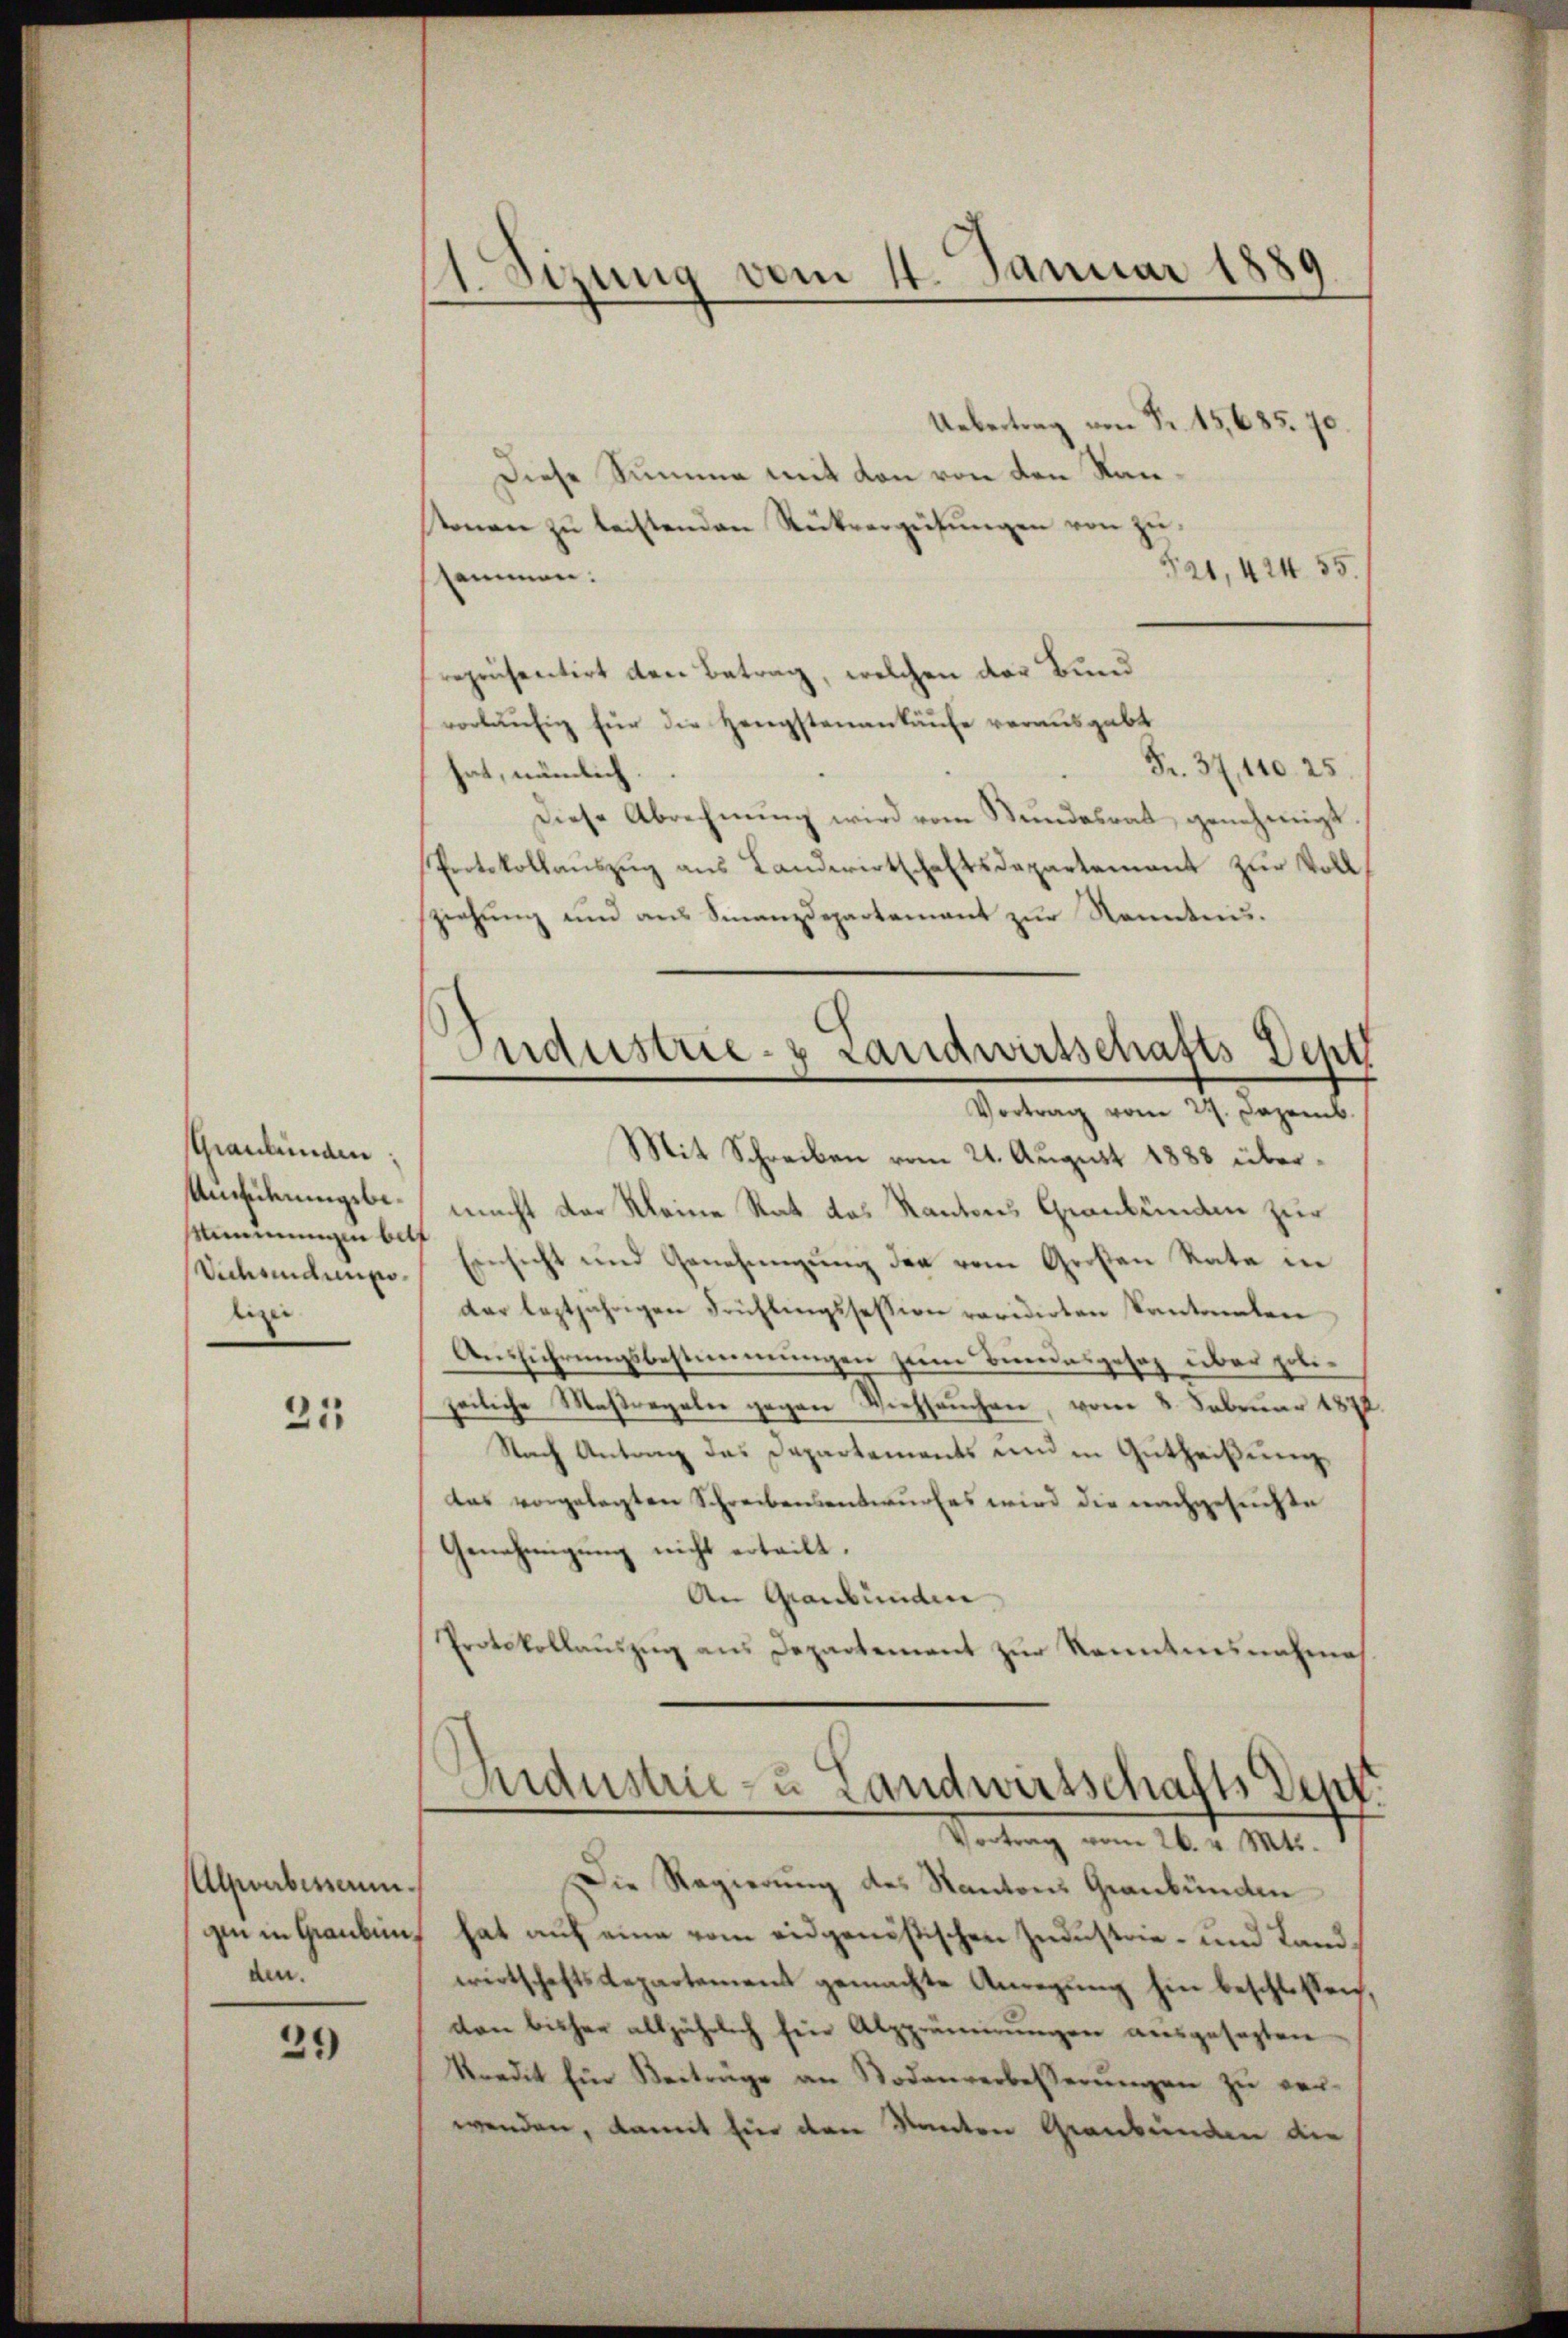
Graubünden,
Umführungsbe¬
Mimmungen bilf
Vichsendungo¬
.
digen

25

Alpverbesserun
den.

21)

Sizung vom 1. Januar 1889

Uebertrag von Fr. 15,685. 70
Diese Summe mit den von den Kanstonen zu leistenden Rückvergütungen von zu¬
521, 424. 55.
ssammen.
repräsentirt den Betrag, welchen das Bund
vorläŭfig für die Hengstenankäufe verausgabt
Fr. 37, 140. 25
hat, nämlich.
Diese Abrechnŭng wird vom Stŭndesrat genehmigt
Protokollauszug aus Landwirtschaftsdepartement zur Vollsziehung und aus Finanzdepartement zur Kenntnis.
Mit Schreiben vom 21. August 1888 übermacht der Kleine Rat das Kantons, Graubünden zur
Einsicht und Genehmigŭng der vom Großen Rate in
der leztjährigen Frühlingssession revidirten Cantonalen
Ausführungsbestimmungen zum Bundesgesez über polizeiliche Maßregeln gegen Viehseuchen, vom 8. Februar 1872
Nach Antrag das Departements und in Gutheiterenzdas vorgelegten Schreibensentwurfes wird die nachgesuchte
Genehmigung nicht ertritt.
An Graubünden
Protokollaŭszŭg ans Departement zur Kenntnisnahme
Andustrie- u Landwirtschafts Sept.
Vortrag vom 26. v. Mts.
Die Regierung des Kantons Graubünden
gin in Grauben hat auf eine vom eidgenößischen Zudustrie- und Landwirtschafts Repartement gemachte Anregung hin beschlossen,
ton bisher alljährlich für Alpprimierŭngen aŭsgesezten
Kredit Ein Beiträge an Sodenverbesserŭngen zŭ ver-
wenden, damit Eier den Kanton Graubünden der

Industrie-z Landwirtschafts Dep
Vortrag vom 29. Dezemb